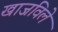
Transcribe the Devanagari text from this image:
खाजविले